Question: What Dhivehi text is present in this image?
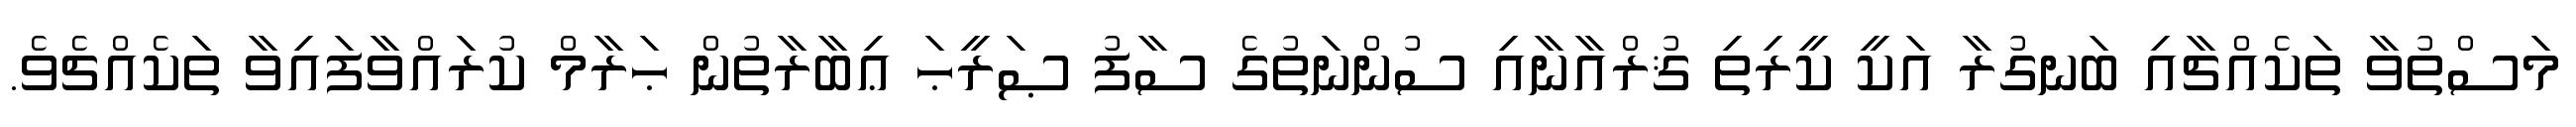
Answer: މަސްތުވާ ތަކެއްޗާއި ބަނގުރާ އަކީ ކީރިތި ޤުރްއާނާއި ސުންނަތުގެ ސާފު ޞަރީޙަ ޢިބާރާތުން ޙަރާމް ކުރައްވާފައިވާ ތަކެއްޗެވެ.